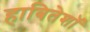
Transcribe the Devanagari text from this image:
हाबितेशॉ